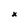
Character: x